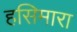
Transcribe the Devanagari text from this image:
हसिमारा